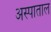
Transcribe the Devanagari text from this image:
अस्पाताल